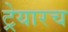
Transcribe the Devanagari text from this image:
ट्रेयारच